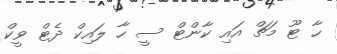
ހާ ޓޫ މަޗް އައި ކާންޓް ސީ ހާ ލައިކް ދެޓް ވީކް